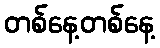
တစ်နေ့တစ်နေ့